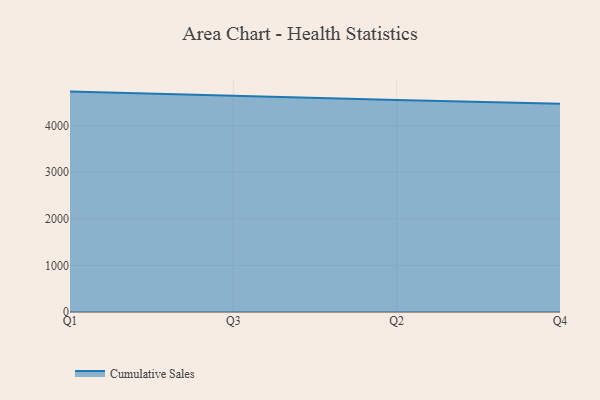
{"axis": {"x": "Quarter", "y": "Production Output"}, "legend": ["Cumulative Sales"], "data": [{"x": "Q1", "y": 4729.8, "type": "Cumulative Sales"}, {"x": "Q3", "y": 4635.0, "type": "Cumulative Sales"}, {"x": "Q2", "y": 4551.1, "type": "Cumulative Sales"}, {"x": "Q4", "y": 4468.5, "type": "Cumulative Sales"}]}